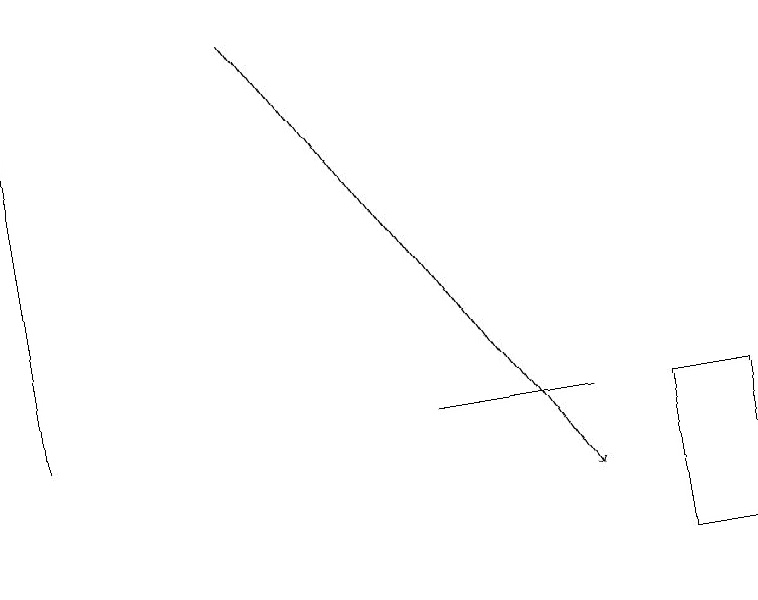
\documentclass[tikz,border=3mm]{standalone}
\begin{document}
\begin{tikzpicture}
\draw (7,12) rectangle (5,12);
\draw (9,10) rectangle (8,12);
\draw (0,12) rectangle (0,17);
\draw[->] (3,17) -- (7,11);
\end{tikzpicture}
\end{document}